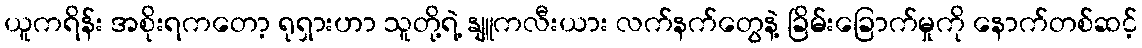
ယူကရိန်း အစိုးရကတော့ ရုရှားဟာ သူတို့ရဲ့ နျူကလီးယား လက်နက်တွေနဲ့ ခြိမ်းခြောက်မှုကို နောက်တစ်ဆင့်